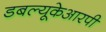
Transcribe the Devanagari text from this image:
डबल्यूकेआरपी